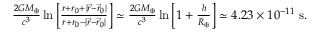
\begin{array} { r } { \frac { 2 G M _ { \oplus } } { c ^ { 3 } } \ln \Big [ \frac { r + r _ { 0 } + | { \vec { r } } - { \vec { r } } _ { 0 } | } { r + r _ { 0 } - | { \vec { r } } - { \vec { r } } _ { 0 } | } \Big ] \simeq \frac { 2 G M _ { \oplus } } { c ^ { 3 } } \ln \Big [ 1 + \frac { h } { R _ { \oplus } } \Big ] \simeq 4 . 2 3 \times 1 0 ^ { - 1 1 } ~ \mathrm { s } . } \end{array}